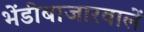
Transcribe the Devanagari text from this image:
भेंडीबाजारवालें